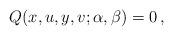
LaTeX: \begin{align*}Q(x,u,y,v;\alpha,\beta)=0\,,\end{align*}